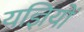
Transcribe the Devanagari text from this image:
यज्ञियों